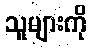
သူများကို